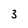
Character: 3